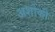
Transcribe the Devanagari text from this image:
अशोकी